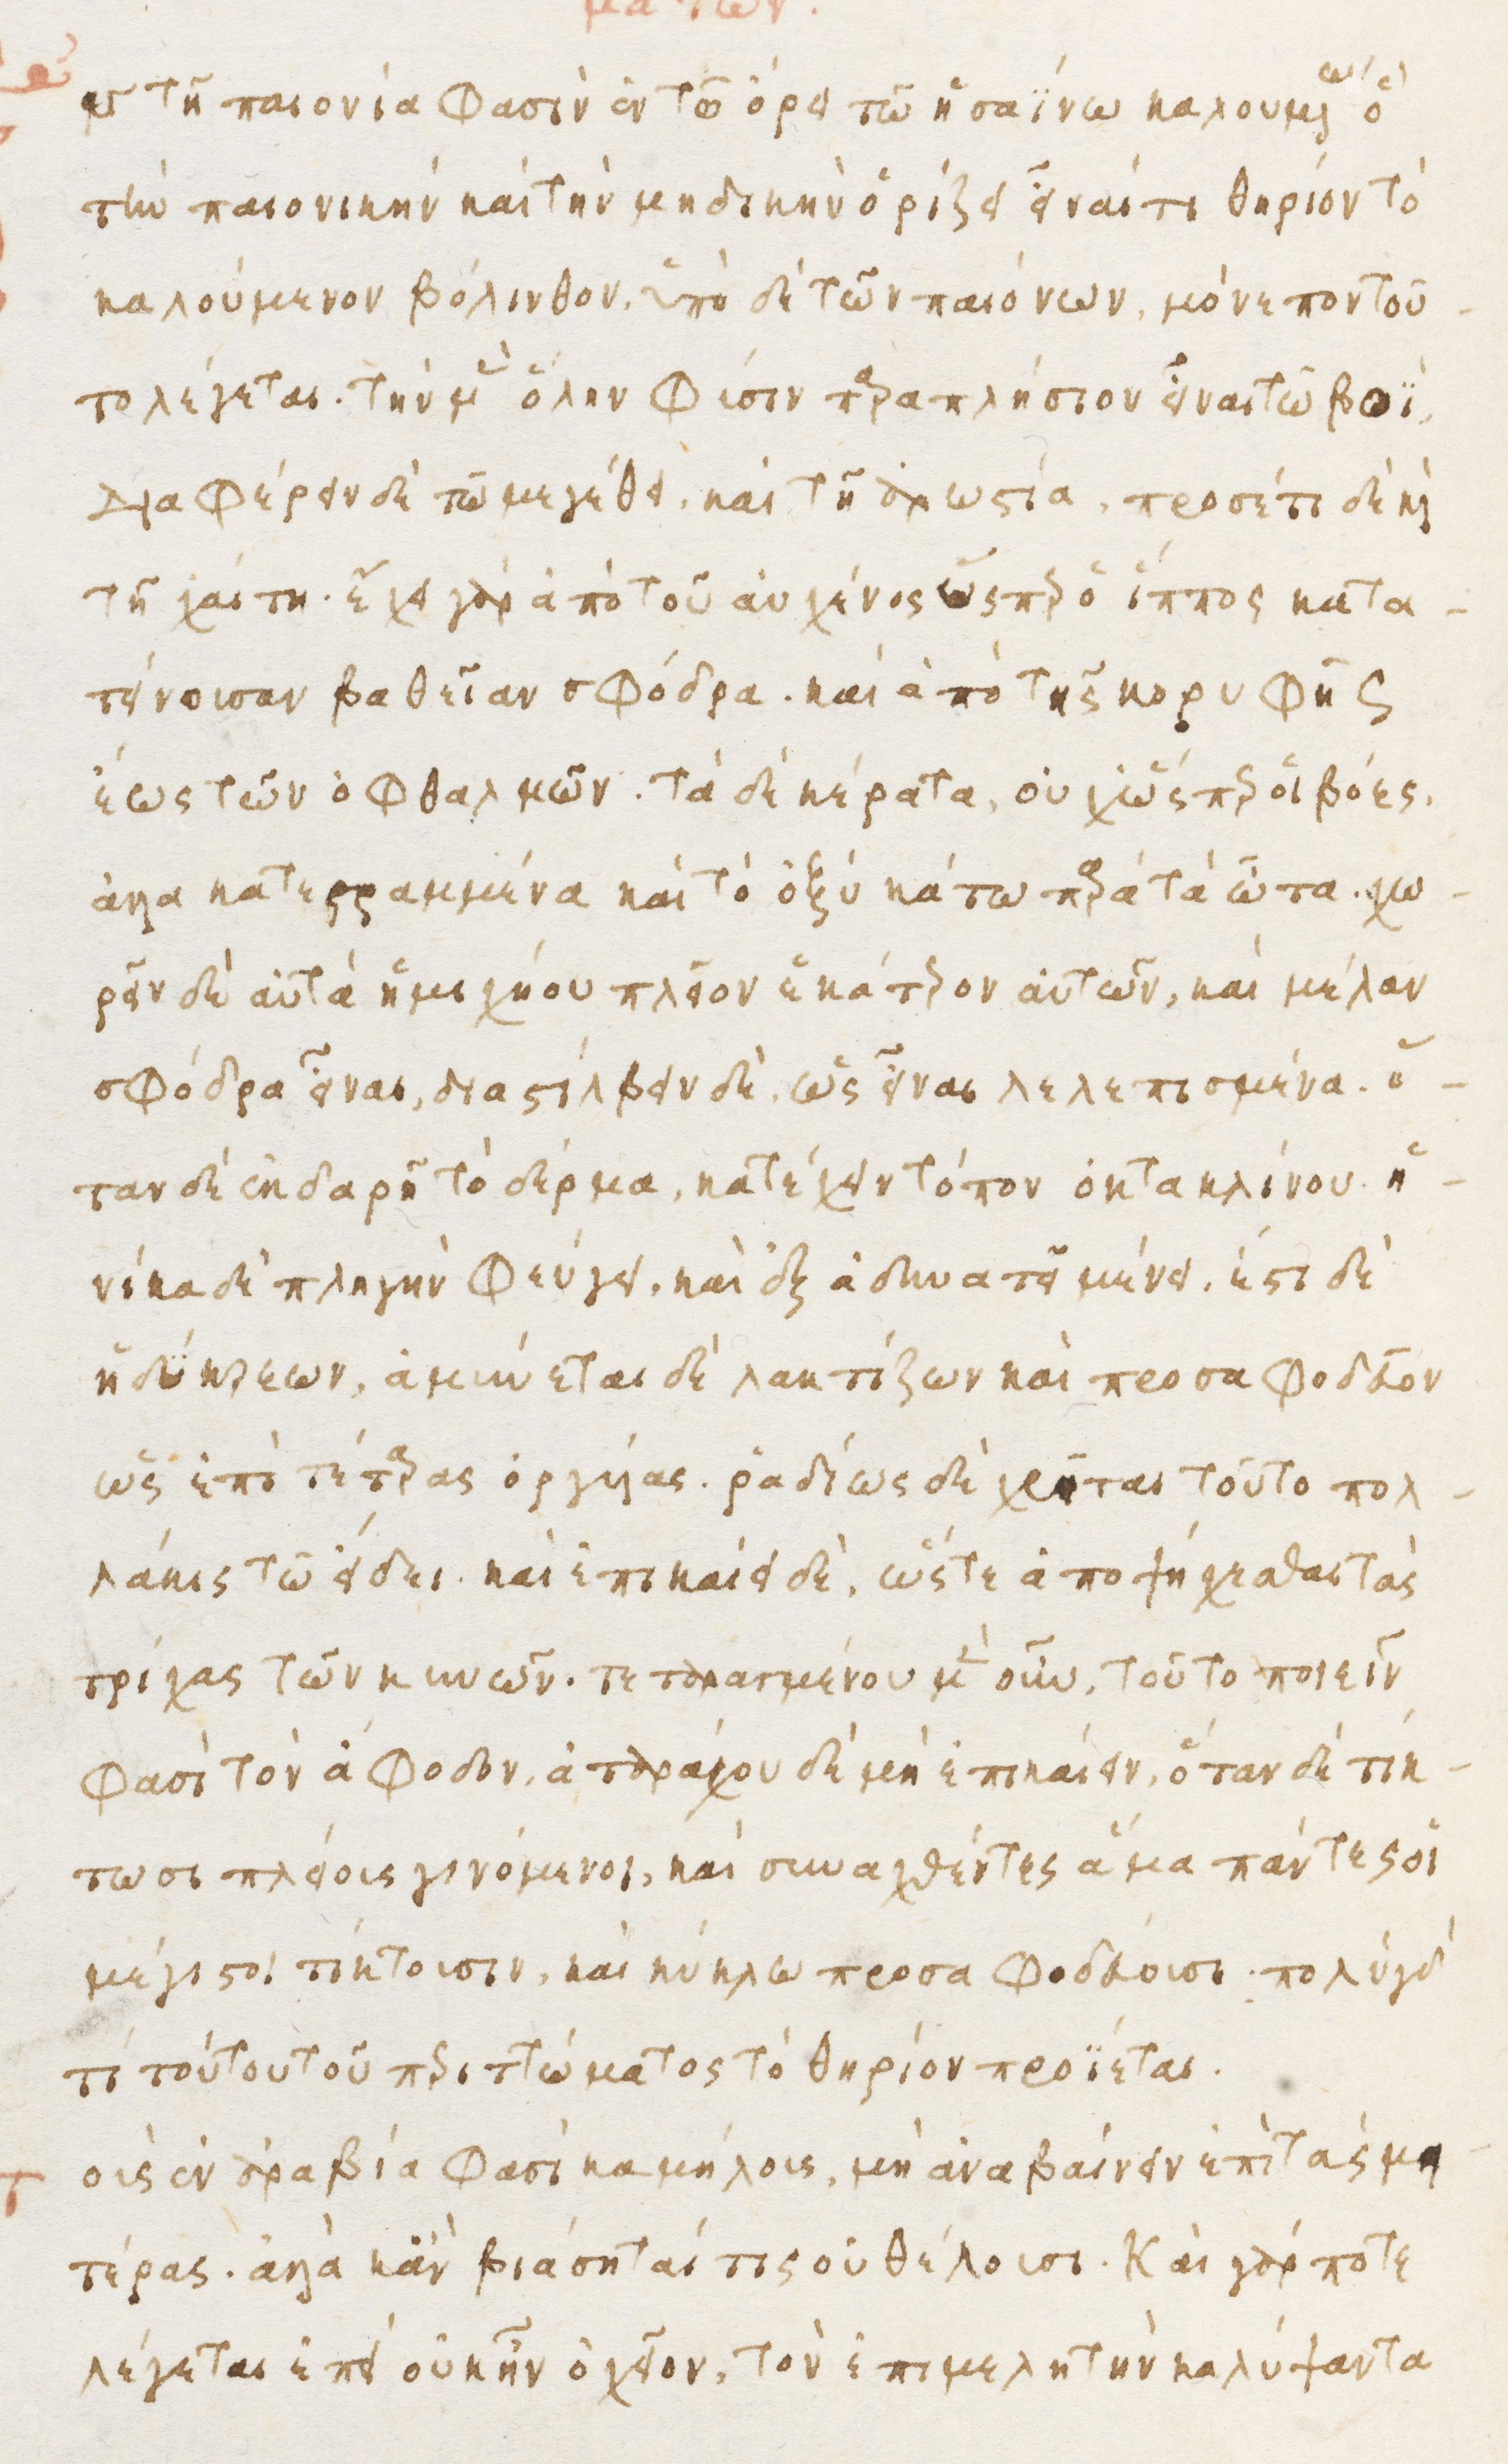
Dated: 1480–1497